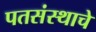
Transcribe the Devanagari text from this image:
पतसंस्थाचे